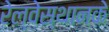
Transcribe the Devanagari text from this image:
रेल्वेस्थानके